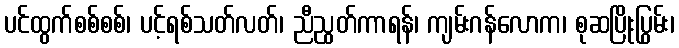
ပင်ထွက်စစ်စစ်၊ ပင့်ရစ်သတ်လတ်၊ ညီညွတ်ကာရန်၊ ကျမ်းဂန်လောက၊ စုဆပြိုးပြွမ်း၊